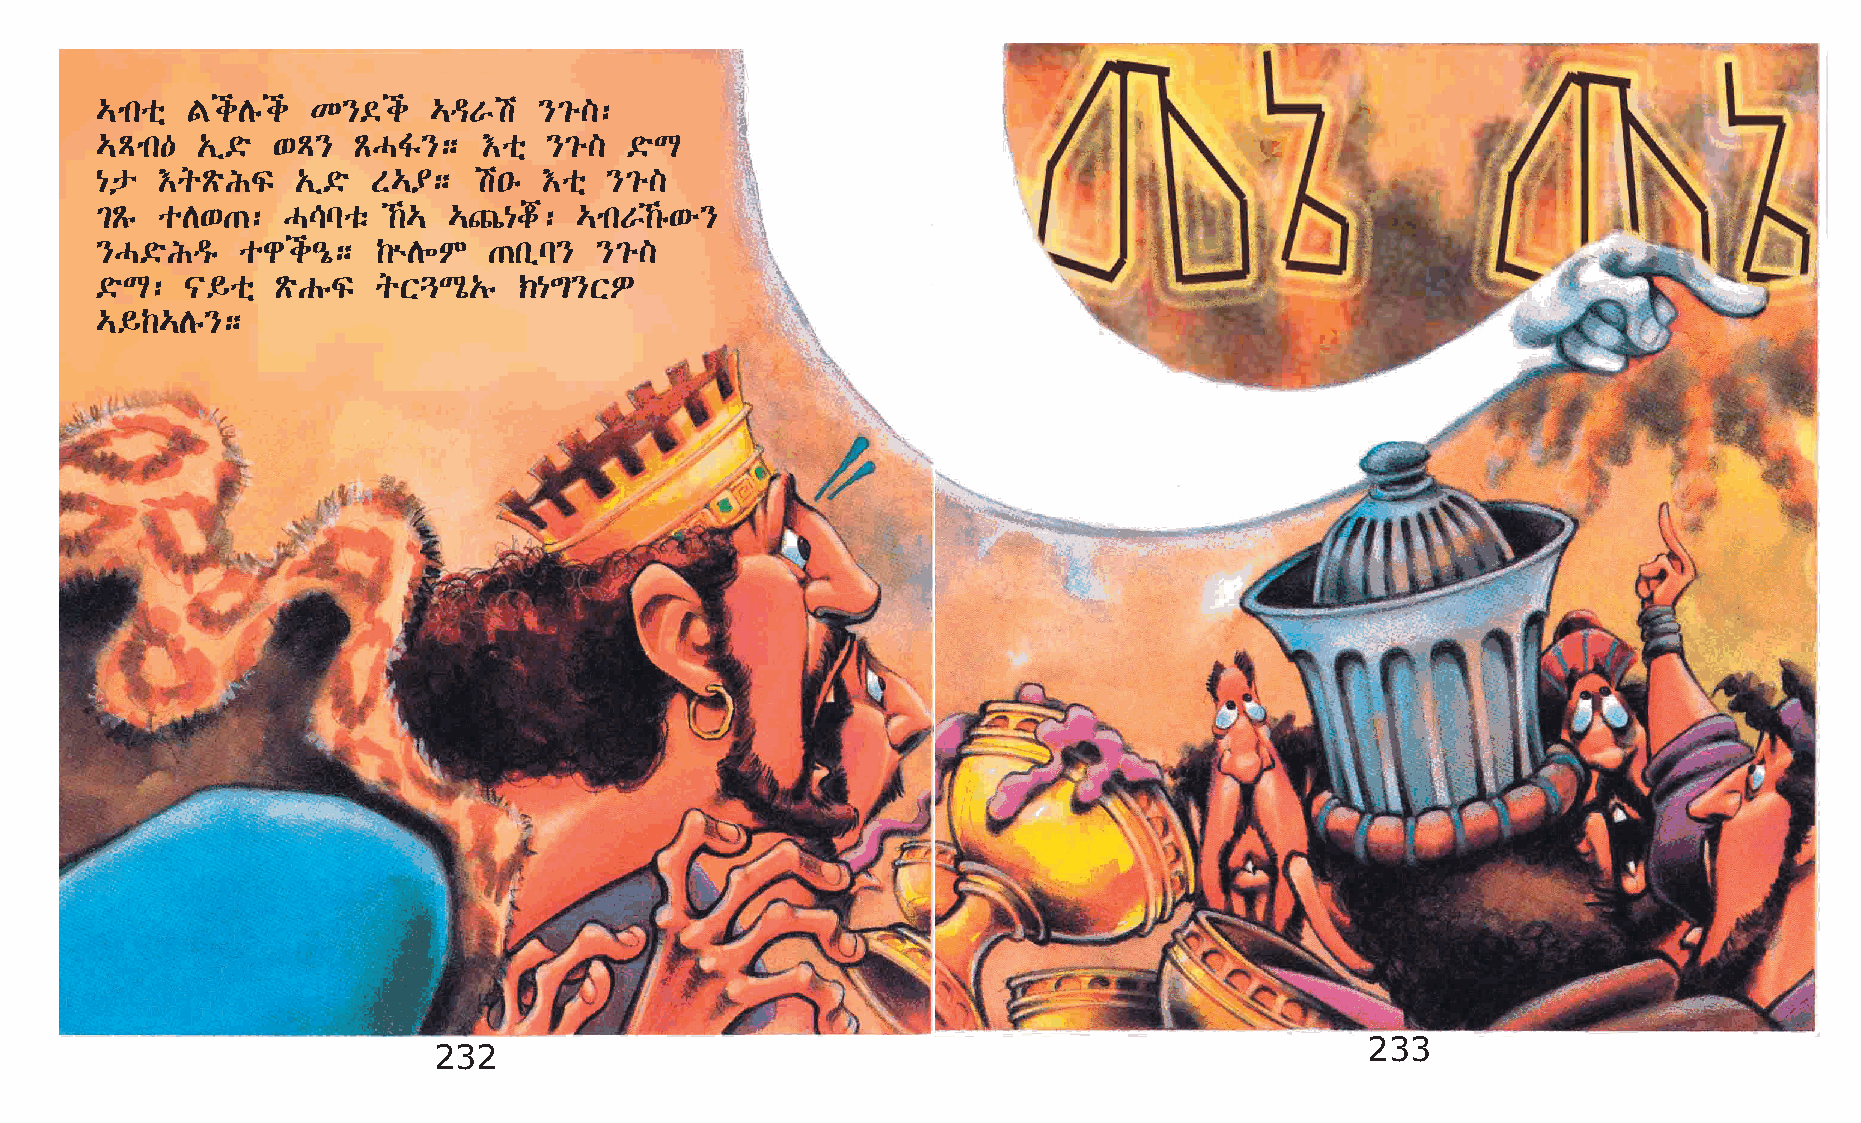
…mkoñ FiDêi    K}©i    …ªVa   }²é]:
 …Ämk—  „ï©ö ‘Ä}   ÃHÍ};   †oñ }²é]  ©öL
 {p  †qÃöIÏ    „ï©ö S…¥;  a•ê  †oñ }²é]
 ²Ãê oD‘·:    H\loë  ‰… …»{j:   …mkV‰ê‘é}
 }H©öIªê   ogi–ó;   ‰ùD÷M  ·kïl}   }²é]
 ©öL:  |§oñ  ÃöGêÏ  qX¶Lô„ê  ‹{´}XÈ
 …§‰…Dê};
 233
 232